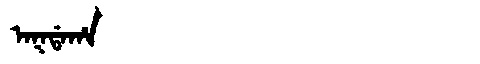
Manchu: ᠠᡴᡩᠠᡥᠠ
Romanization: AKDAHA